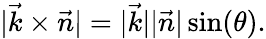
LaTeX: \vert\vec{k}\times\vec{n}\vert=\vert\vec{k}\vert\vert\vec{n}\vert\sin(\theta).